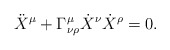
\begin{align*}\ddot{X}^{\mu} + \Gamma^{\mu}_{\nu\rho} \dot{X}^{\nu}\dot{X}^{\rho}= 0 .\end{align*}